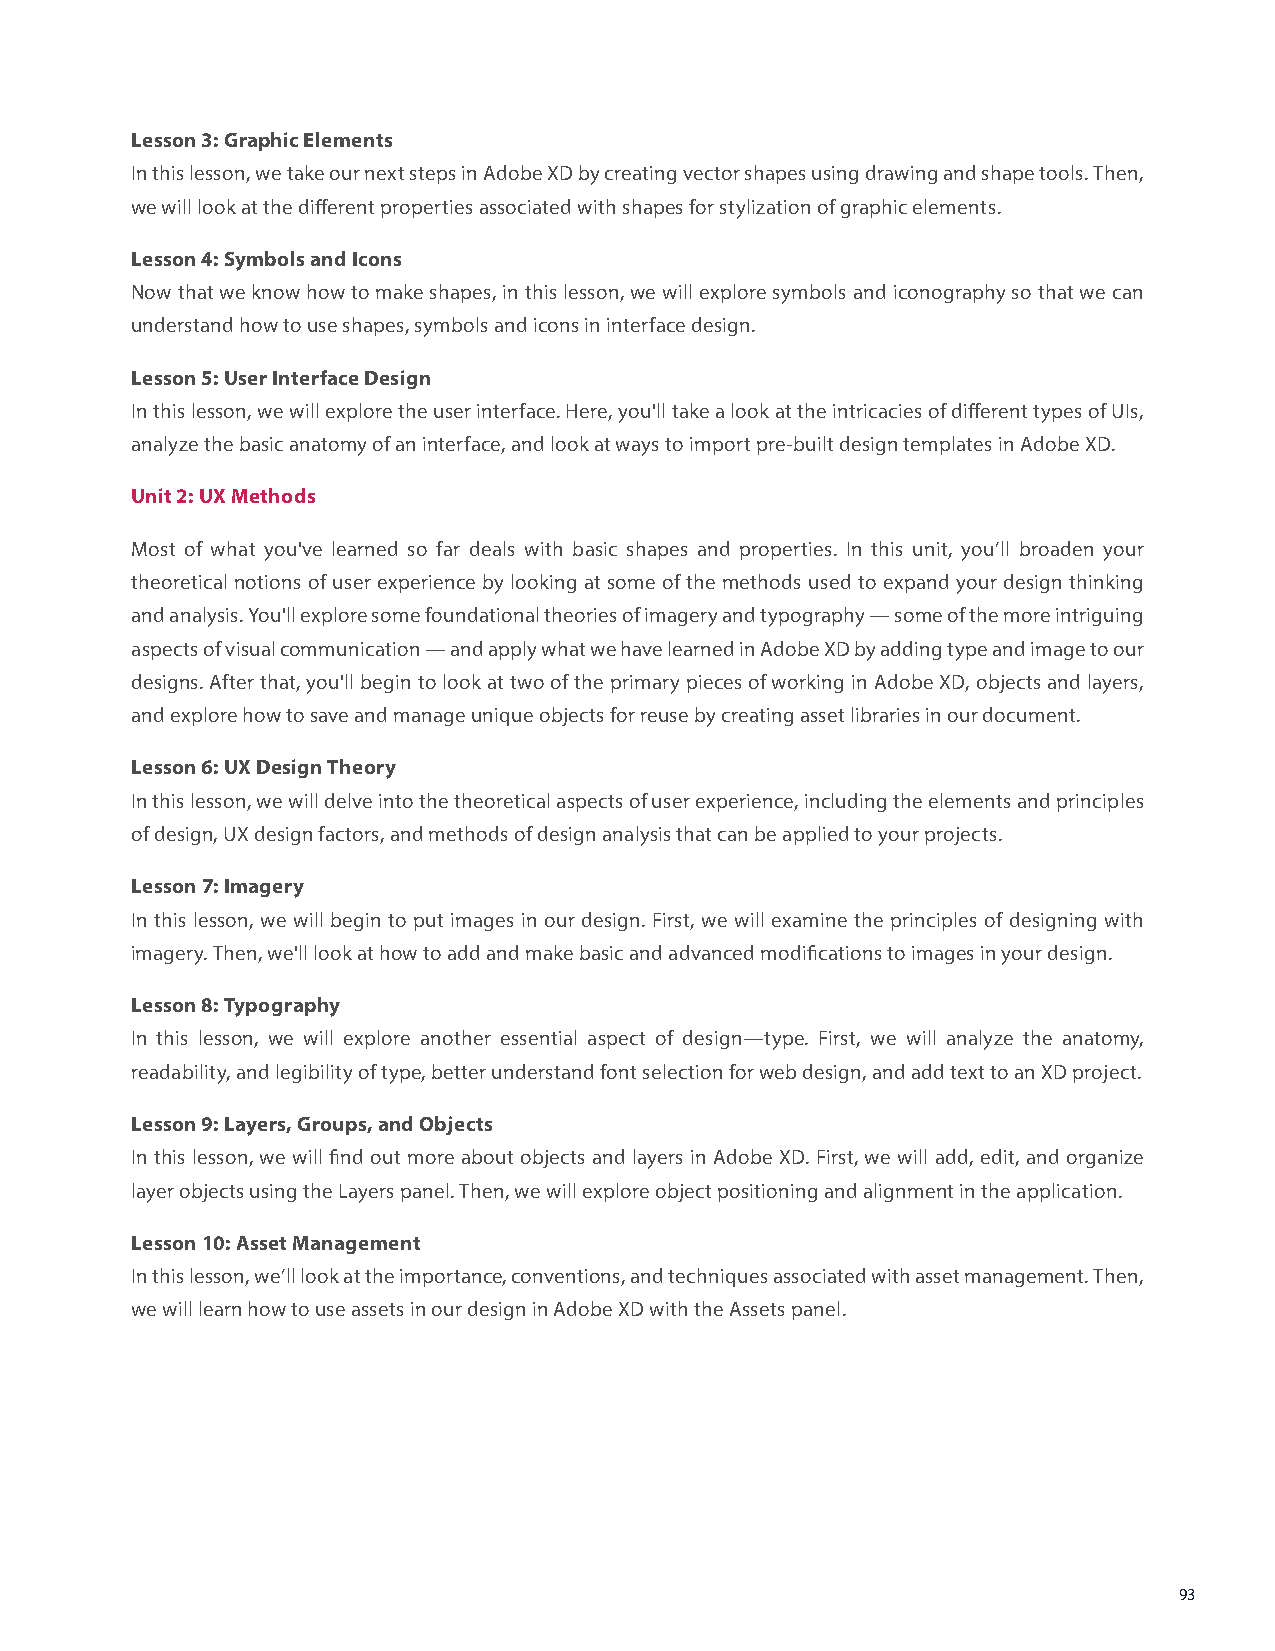
Lesson 3: Graphic Elements
 In this lesson, we take our next steps in Adobe XD by creating vector shapes using drawing and shape tools. Then,
 we will look at the different properties associated with shapes for stylization of graphic elements.
 Lesson 4: Symbols and Icons
 Now that we know how to make shapes, in this lesson, we will explore symbols and iconography so that we can
 understand how to use shapes, symbols and icons in interface design.
 Lesson 5: User Interface Design
 In this lesson, we will explore the user interface. Here, you'll take a look at the intricacies of different types of UIs,
 analyze the basic anatomy of an interface, and look at ways to import pre-built design templates in Adobe XD.
 Unit 2: UX Methods
 Most of what you've learned so far deals with basic shapes and properties. In this unit, you’ll broaden your
 theoretical notions of user experience by looking at some of the methods used to expand your design thinking
 and analysis. You'll explore some foundational theories of imagery and typography — some of the more intriguing
 aspects of visual communication — and apply what we have learned in Adobe XD by adding type and image to our
 designs. After that, you'll begin to look at two of the primary pieces of working in Adobe XD, objects and layers,
 and explore how to save and manage unique objects for reuse by creating asset libraries in our document.
 Lesson 6: UX Design Theory
 In this lesson, we will delve into the theoretical aspects of user experience, including the elements and principles
 of design, UX design factors, and methods of design analysis that can be applied to your projects.
 Lesson 7: Imagery
 In this lesson, we will begin to put images in our design. First, we will examine the principles of designing with
 imagery. Then, we'll look at how to add and make basic and advanced modifications to images in your design.
 Lesson 8: Typography
 In this lesson, we will explore another essential aspect of design—type. First, we will analyze the anatomy,
 readability, and legibility of type, better understand font selection for web design, and add text to an XD project.
 Lesson 9: Layers, Groups, and Objects
 In this lesson, we will find out more about objects and layers in Adobe XD. First, we will add, edit, and organize
 layer objects using the Layers panel. Then, we will explore object positioning and alignment in the application.
 Lesson 10: Asset Management
 In this lesson, we’ll look at the importance, conventions, and techniques associated with asset management. Then,
 we will learn how to use assets in our design in Adobe XD with the Assets panel.
 93